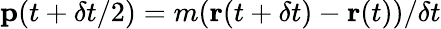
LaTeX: \textbf{p}(t+\delta t/2)=m(\textbf{r}(t+\delta t)-\textbf{r}(t))/\delta t